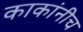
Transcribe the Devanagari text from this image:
काकांनीच